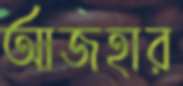
আজহার